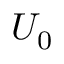
U _ { 0 }